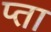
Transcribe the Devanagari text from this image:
प्ता